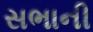
સભાની